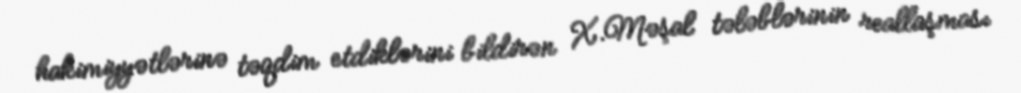
hakimiyyətlərinə təqdim etdiklərini bildirən X.Məşal tələblərinin reallaşması